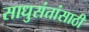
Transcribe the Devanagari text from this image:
साधुसंतांसाठी